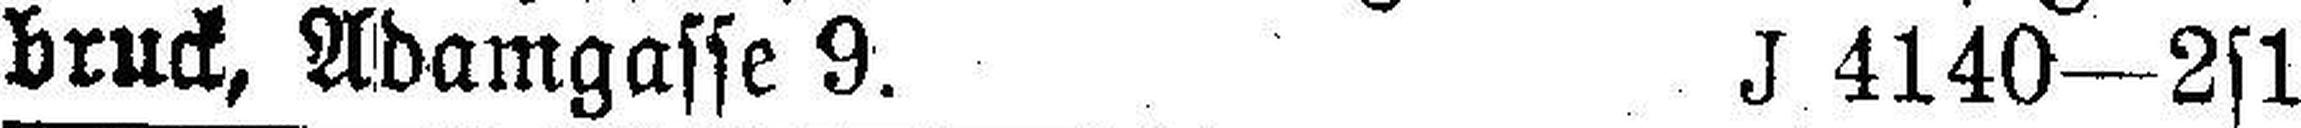
bruck, Adamgasse 9. J 4140—2s1